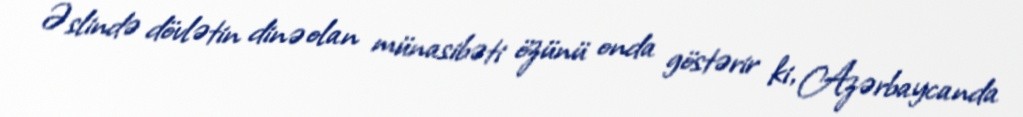
Əslində dövlətin dinə olan münasibəti özünü onda göstərir ki, Azərbaycanda